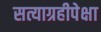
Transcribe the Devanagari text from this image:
सत्याग्रहीपेक्षा